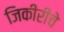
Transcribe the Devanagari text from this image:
जिकीरीचे